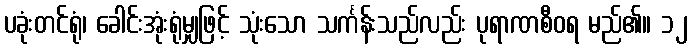
ပခုံးတင်ရုံ၊ ခေါင်းအုံးရုံမျှဖြင့် သုံးသော သင်္ကန်းသည်လည်း ပုရာဏစီဝရ မည်၏။ ၁၂